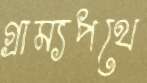
গ্রাম্যপথে